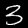
Digit: 3